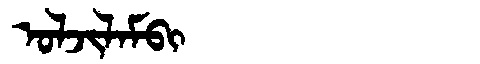
Manchu: ᠣᠯᠵᡳᠯᠠᠮᠪᡳ
Romanization: OLJILAMBI